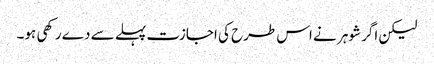
لیکن اگر شوہر نے اس طرح کی اجازت پہلے سے دے رکھی ہو۔